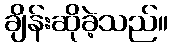
ချိန်းဆိုခဲ့သည်။